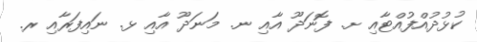
ކުޅުދުއްފުއްޓާއި ށ. ފޮނަދޫ އާއި ނ. މަނަދޫ އާއި ޅ. ނައިފަރާއި ރ.